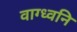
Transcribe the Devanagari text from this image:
वाग्ध्वनि